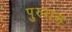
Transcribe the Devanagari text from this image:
पुरुराज